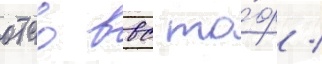
отао ввс то́ф /